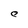
Character: C